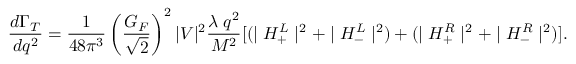
\displaystyle \frac { d \Gamma _ { T } } { d q ^ { 2 } } = \displaystyle \frac { 1 } { 4 8 \pi ^ { 3 } } \left( \frac { G _ { F } } { \sqrt { 2 } } \right) ^ { 2 } | V | ^ { 2 } \frac { \lambda \; q ^ { 2 } } { M ^ { 2 } } [ ( \mid H _ { + } ^ { L } \mid ^ { 2 } + \mid H _ { - } ^ { L } \mid ^ { 2 } ) + ( \mid H _ { + } ^ { R } \mid ^ { 2 } + \mid H _ { - } ^ { R } \mid ^ { 2 } ) ] .